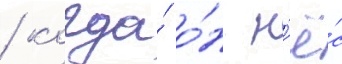
/ когда́ о́н н'ё́с